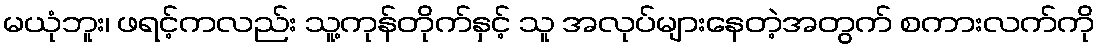
မယုံဘူး၊ ဖရင့်ကလည်း သူ့ကုန်တိုက်နှင့် သူ အလုပ်များနေတဲ့အတွက် စကားလက်ကို